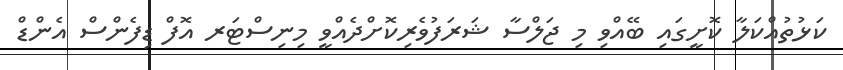
ކަޅުތުއްކަލާ ކޮށީގައި ބޭއްވި މި ޖަލްސާ ޝަރަފުވެރިކޮށްދެއްވީ މިނިސްޓަރ އޮފް ޑިފެންސް އެންޑް